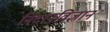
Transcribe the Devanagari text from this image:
निदानविज्ञान